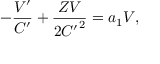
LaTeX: - \frac { V ^ { \prime } } { C ^ { \prime } } + \frac { Z V } { 2 { C ^ { \prime } } ^ { 2 } } = a _ { 1 } V ,